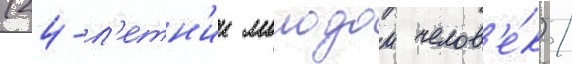
(24-л'етн'ии молодои челов'е́к) /